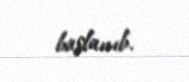
başlanıb.